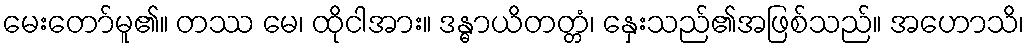
မေးတော်မူ၏။ တဿ မေ၊ ထိုငါအား။ ဒန္ဓာယိတတ္တံ၊ နှေးသည်၏အဖြစ်သည်။ အဟောသိ၊